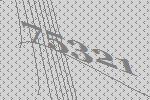
75321